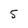
Character: 5